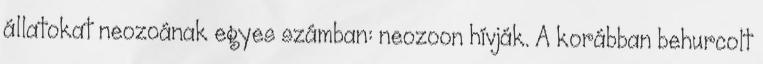
állatokat neozoának egyes számban: neozoon hívják. A korábban behurcolt